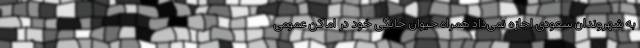
به شهروندان سعودی اجازه نمی‌داد همراه حیوان خانگی خود در اماکن عمومی